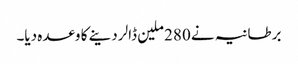
برطانیہ نے 280 ملین ڈالر دینے کا وعدہ دیا۔